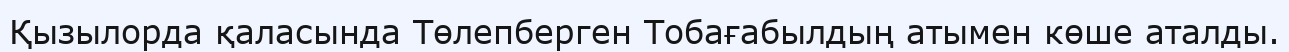
Қызылорда қаласында Төлепберген Тобағабылдың атымен көше аталды.